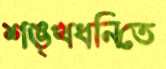
শঙ্খধ্বনিতে